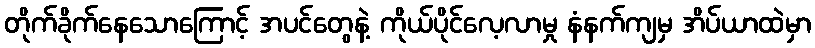
တိုက်ခိုက်နေသောကြောင့် အပင်တွေနဲ့ ကိုယ်ပိုင်လေ့လာမှု နံနက်ကျမှ အိပ်ယာထဲမှာ